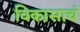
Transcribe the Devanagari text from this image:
विकासाचं